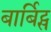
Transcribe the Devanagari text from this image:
बार्बिट्स